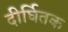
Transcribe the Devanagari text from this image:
दीर्घितक